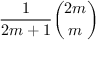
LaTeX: { \frac { 1 } { 2 m + 1 } } { \binom { 2 m } { m } }